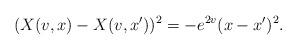
LaTeX: \begin{align*}(X(v,x)-X(v,x'))^2 = -e^{2v}(x-x')^2. \end{align*}